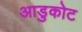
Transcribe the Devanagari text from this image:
आडुकोट